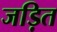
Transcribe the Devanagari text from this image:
जड़ित